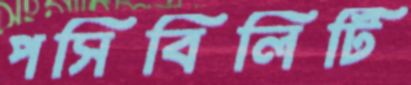
পসিবিলিটি